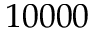
1 0 0 0 0